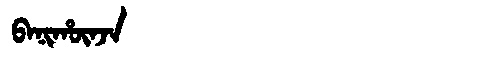
Manchu: ᠪᠠᠨᡳᡥᡡᠨᠵᠠ
Romanization: BANIHŪNJA